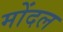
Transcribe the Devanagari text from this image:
मोंदल